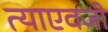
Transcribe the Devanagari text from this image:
त्याएवजी